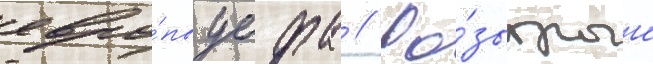
евро́пы уефа // Ро́зыгрыш